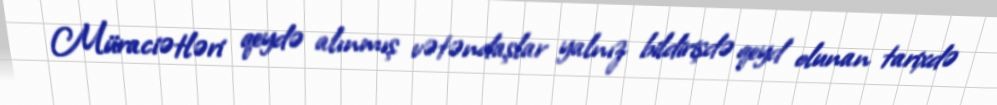
Müraciətləri qeydə alınmış vətəndaşlar yalnız bildirişdə qeyd olunan tarixdə